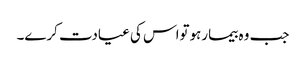
جب وہ بیمارہوتواس کی عیادت کرے۔